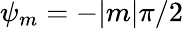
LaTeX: \psi_{m}=-|m|\pi/2